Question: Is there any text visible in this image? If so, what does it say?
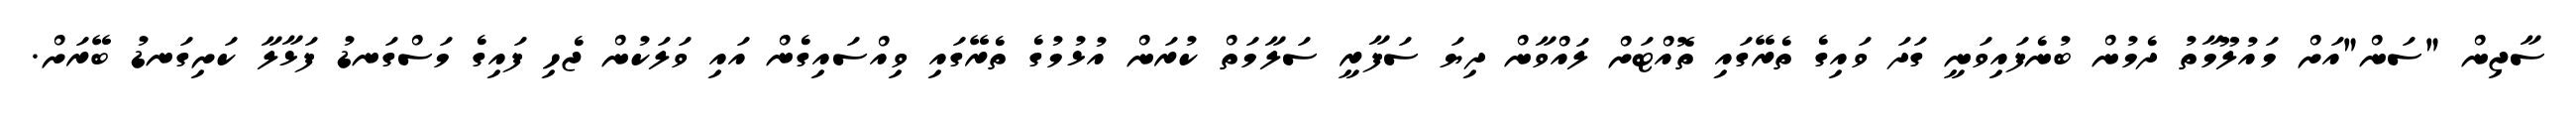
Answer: ސާޖިން "ސަން"އަށް މައުލޫމާތު ދެމުން ބުނެފައިވަނީ ގަދަ ވައިގެ ތެރޭގައި ތޮއްޓަށް ލައްވާން ދިޔަ ސަފާރީ ސަލާމަތް ކުރަން އުޅުމުގެ ތެރޭގައި ވިއްސައިގެން އައި ވަލަކުން ޖެހި ފައިގެ މަސްގަނޑު ފަޅާލާ ކަށިގަނޑު ބޭރަށް.